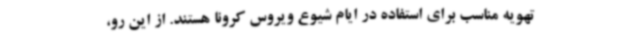
تهویه مناسب برای استفاده در ایام شیوع ویروس کرونا هستند. از این رو،